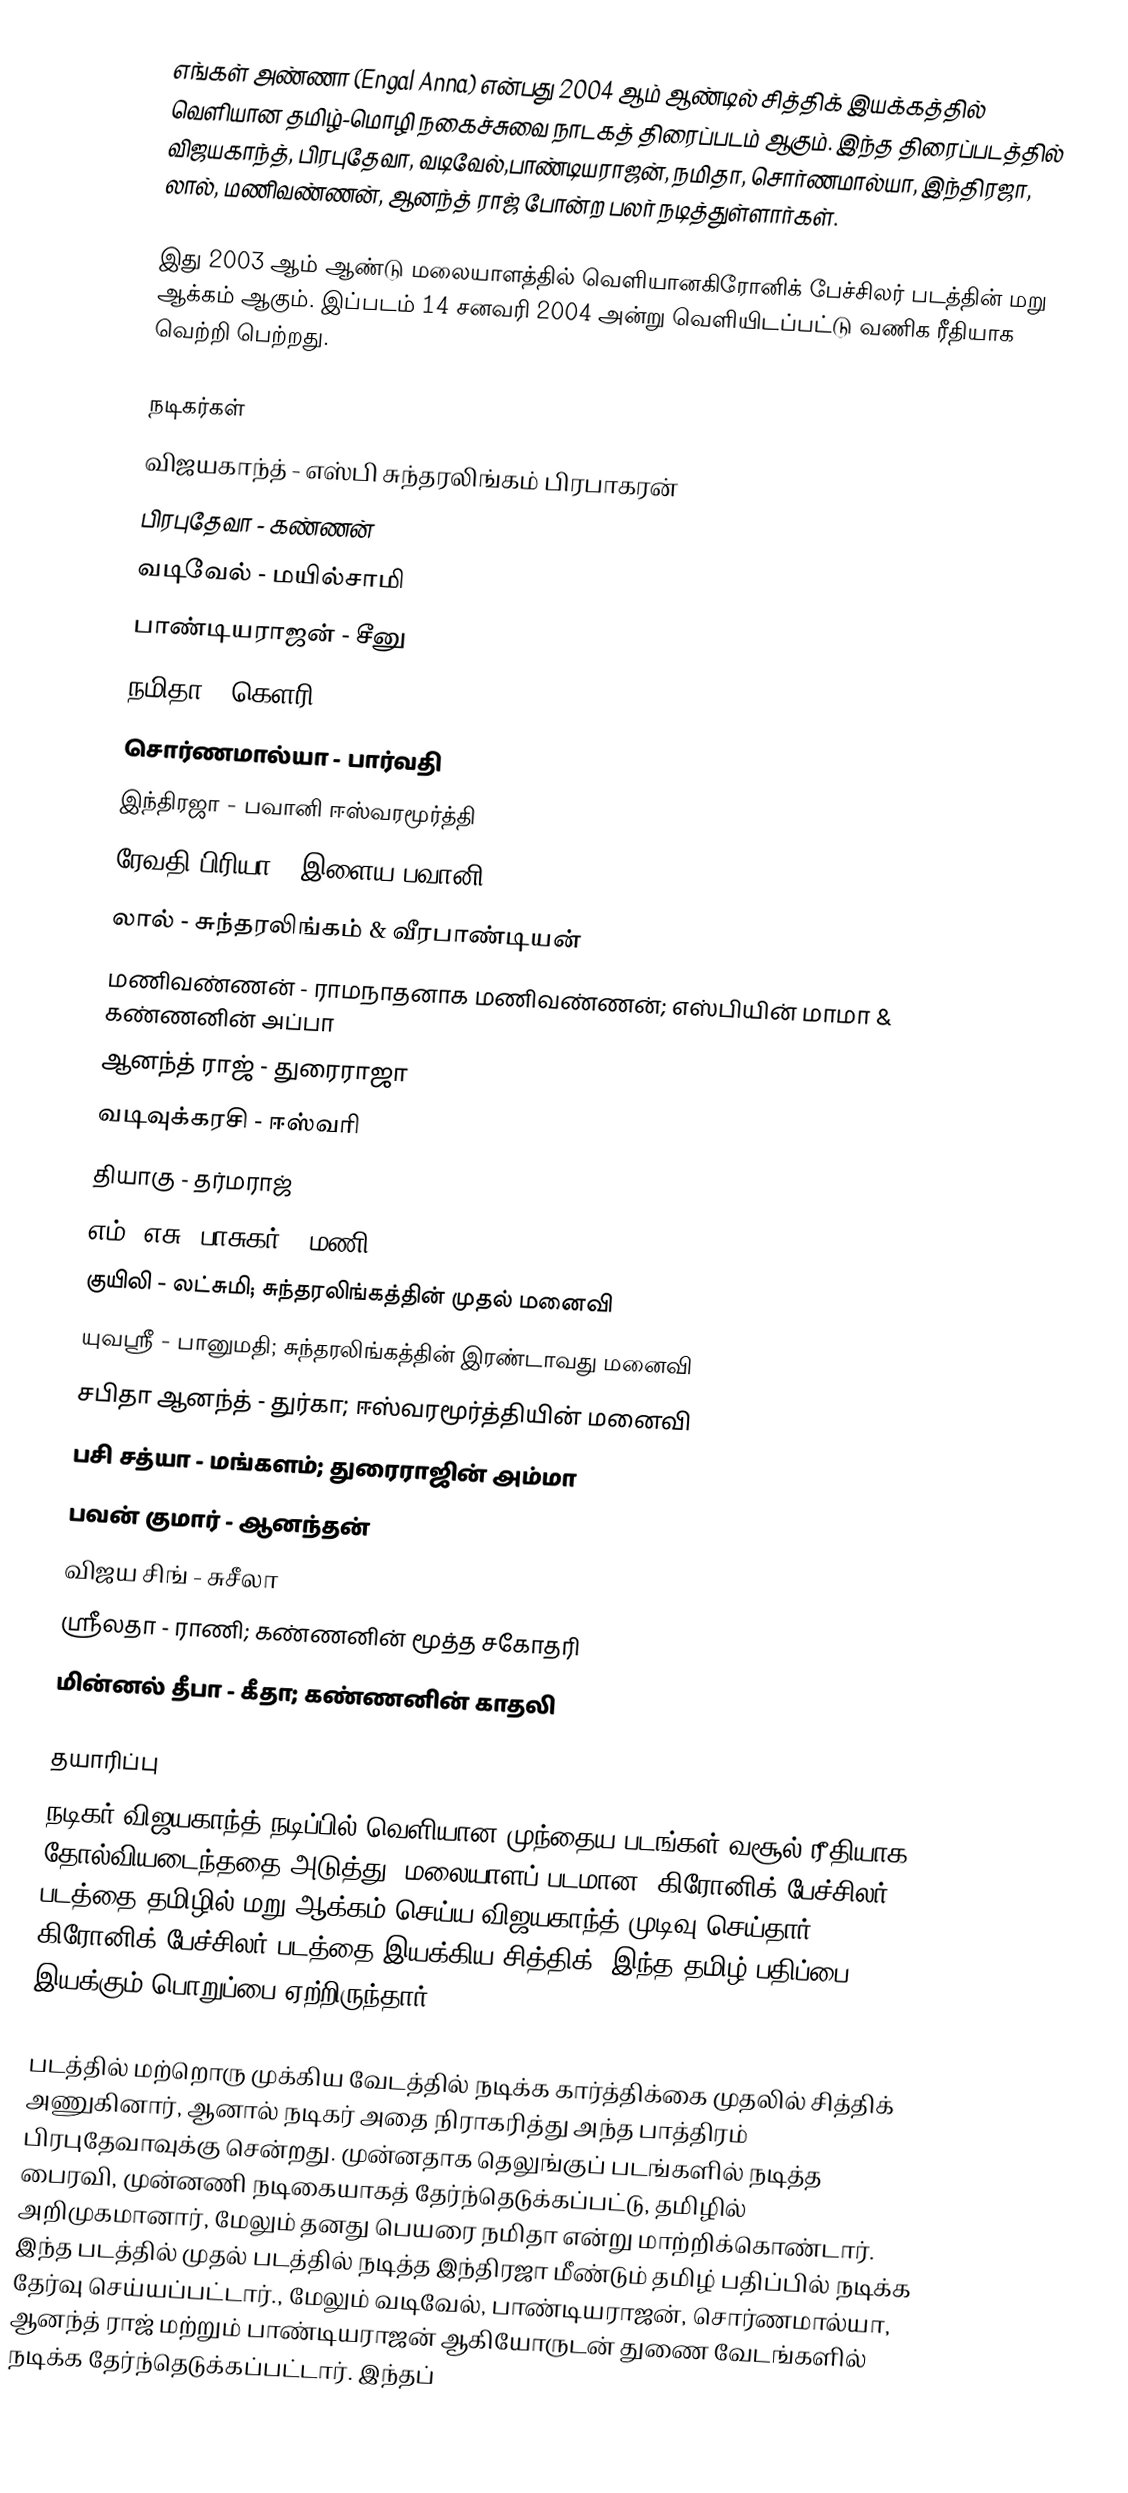
எங்கள் அண்ணா (Engal Anna) என்பது 2004 ஆம் ஆண்டில் சித்திக் இயக்கத்தில் வெளியான தமிழ்-மொழி நகைச்சுவை நாடகத் திரைப்படம் ஆகும். இந்த திரைப்படத்தில் விஜயகாந்த், பிரபுதேவா, வடிவேல்,பாண்டியராஜன், நமிதா, சொர்ணமால்யா, இந்திரஜா, லால், மணிவண்ணன், ஆனந்த் ராஜ் போன்ற பலர் நடித்துள்ளார்கள்.

இது 2003 ஆம் ஆண்டு மலையாளத்தில் வெளியானகிரோனிக் பேச்சிலர் படத்தின் மறு ஆக்கம் ஆகும். இப்படம் 14 சனவரி 2004 அன்று வெளியிடப்பட்டு வணிக ரீதியாக வெற்றி பெற்றது.

நடிகர்கள்
 விஜயகாந்த் - எஸ்பி சுந்தரலிங்கம் பிரபாகரன்
 பிரபுதேவா - கண்ணன்
 வடிவேல் - மயில்சாமி
 பாண்டியராஜன் - சீனு
 நமிதா - கௌரி
 சொர்ணமால்யா - பார்வதி
 இந்திரஜா - பவானி ஈஸ்வரமூர்த்தி
 ரேவதி பிரியா - இளைய பவானி
 லால் - சுந்தரலிங்கம் & வீரபாண்டியன்
 மணிவண்ணன் - ராமநாதனாக மணிவண்ணன்; எஸ்பியின் மாமா & கண்ணனின் அப்பா
 ஆனந்த் ராஜ் - துரைராஜா
 வடிவுக்கரசி - ஈஸ்வரி
 தியாகு - தர்மராஜ்
 எம். எசு. பாசுகர் - மணி
 குயிலி - லட்சுமி; சுந்தரலிங்கத்தின் முதல் மனைவி
 யுவஸ்ரீ - பானுமதி; சுந்தரலிங்கத்தின் இரண்டாவது மனைவி
 சபிதா ஆனந்த் - துர்கா; ஈஸ்வரமூர்த்தியின் மனைவி
 பசி சத்யா - மங்களம்; துரைராஜின் அம்மா
 பவன் குமார் - ஆனந்தன்
 விஜய சிங் - சுசீலா
 ஸ்ரீலதா - ராணி; கண்ணனின் மூத்த சகோதரி
 மின்னல் தீபா - கீதா; கண்ணனின் காதலி

தயாரிப்பு
நடிகர் விஜயகாந்த் நடிப்பில் வெளியான முந்தைய படங்கள் வசூல் ரீதியாக தோல்வியடைந்ததை அடுத்து, மலையாளப் படமான 'கிரோனிக் பேச்சிலர்' படத்தை தமிழில் மறு ஆக்கம் செய்ய விஜயகாந்த் முடிவு செய்தார். கிரோனிக் பேச்சிலர் படத்தை இயக்கிய சித்திக், இந்த தமிழ் பதிப்பை இயக்கும் பொறுப்பை ஏற்றிருந்தார்.

படத்தில் மற்றொரு முக்கிய வேடத்தில் நடிக்க கார்த்திக்கை முதலில் சித்திக் அணுகினார், ஆனால் நடிகர் அதை நிராகரித்து அந்த பாத்திரம் பிரபுதேவாவுக்கு சென்றது. முன்னதாக தெலுங்குப் படங்களில் நடித்த பைரவி, முன்னணி நடிகையாகத் தேர்ந்தெடுக்கப்பட்டு, தமிழில் அறிமுகமானார், மேலும் தனது பெயரை நமிதா என்று மாற்றிக்கொண்டார். இந்த படத்தில் முதல் படத்தில் நடித்த இந்திரஜா மீண்டும் தமிழ் பதிப்பில் நடிக்க தேர்வு செய்யப்பட்டார்., மேலும் வடிவேல், பாண்டியராஜன், சொர்ணமால்யா, ஆனந்த் ராஜ் மற்றும் பாண்டியராஜன் ஆகியோருடன் துணை வேடங்களில் நடிக்க தேர்ந்தெடுக்கப்பட்டார். இந்தப்